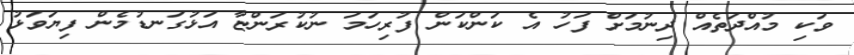
ވަކި މުއްދަތެއް ދިނުމަށް ފަހު އެ ކަންކަން ފުރިހަމަ ނުކުރަންޏާ އަޅުގަނޑުމެން ފިޔަވަޅު